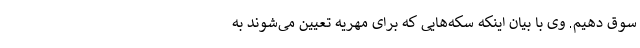
سوق دهیم. وی با بیان اینکه سکه‌هایی که برای مهریه تعیین می‌شوند به